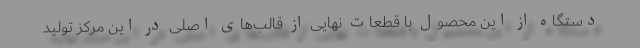
دستگاه از این محصول با قطعات نهایی از قالب‌های اصلی در این مرکز تولید